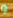
و